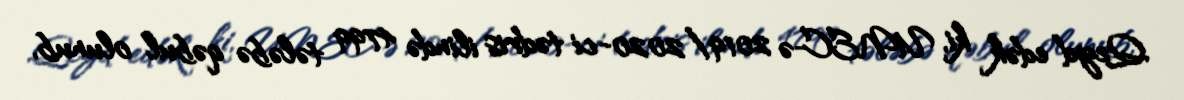
Qeyd edək ki, UNEC-ə 2019/2020-ci tədris ilində 4799 tələbə qəbul olunub,